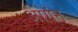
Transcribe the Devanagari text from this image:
आगंन